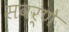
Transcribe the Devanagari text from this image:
सवर्णे